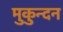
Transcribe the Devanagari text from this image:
मुकुन्दन